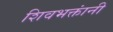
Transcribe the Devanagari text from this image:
शिवभक्तांनी